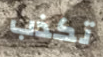
تكذب